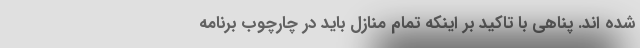
شده اند. پناهی با تاکید بر اینکه تمام منازل باید در چارچوب برنامه